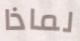
لماذا